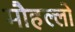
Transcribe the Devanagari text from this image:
मौहल्लो